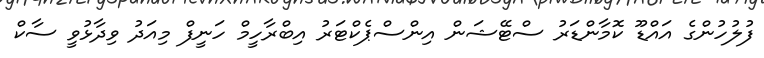
ފުލުހުންގެ އައްޑޫ ކޮމާންޑަރު ސްޓޭޝަން އިންސްޕެކްޓަރު އިބްރާހީމް ހަނީފް މިއަދު ވިދާޅުވީ ސާކް